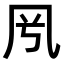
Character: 𠘵